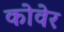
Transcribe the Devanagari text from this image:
कोवेर